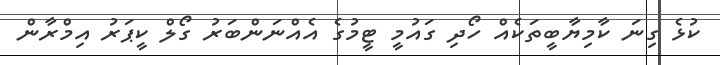
ކުޅެ ގިނަ ކާމިޔާބީތަކެއް ހޯދި ގައުމީ ޓީމުގެ އެއްނަންބަރު ގޯލް ކީޕަރު އިމްރާން